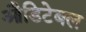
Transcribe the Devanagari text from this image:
औडिटेबल